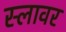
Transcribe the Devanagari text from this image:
स्लावर